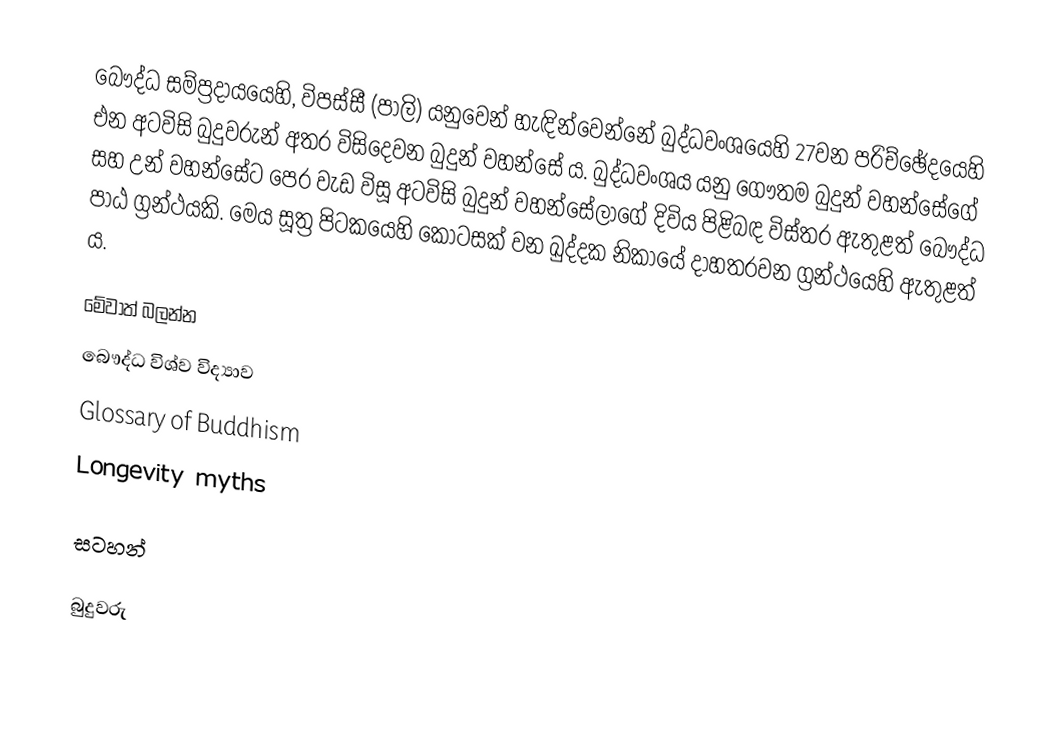
බෞද්ධ සම්ප්‍රදායයෙහි, විපස්සී (පාලි) යනුවෙන් හැඳින්වෙන්නේ බුද්ධවංශයෙහි 27වන පරිච්ඡේදයෙහි එන අටවිසි බුදුවරුන් අතර විසිදෙවන බුදුන් වහන්සේ ය. බුද්ධවංශය යනු ගෞතම බුදුන් වහන්සේගේ සහ උන් වහන්සේට පෙර වැඩ විසූ අටවිසි බුදුන් වහන්සේලාගේ දිවිය පිළිබඳ විස්තර ඇතුළත් බෞද්ධ පාඨ ග්‍රන්ථයකි. මෙය සූත්‍ර පිටකයෙහි කොටසක් වන ඛුද්දක නිකායේ දාහතරවන ග්‍රන්ථයෙහි ඇතුළත් ය.

මේවාත් බලන්න
 බෞද්ධ විශ්ව විද්‍යාව
 Glossary of Buddhism
 Longevity myths

සටහන්

බුදුවරු